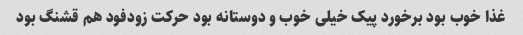
غذا خوب بود برخورد پیک خیلی خوب و دوستانه بود حرکت زودفود هم قشنگ بود